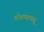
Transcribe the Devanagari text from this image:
पोचण्यापासू